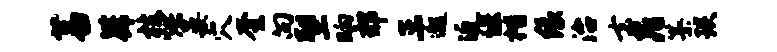
蕃篪枝烘晏穴奎向塑晌郊三邈近偃楷缘治去晁纂琰